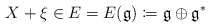
\begin{align*} X+\xi \in E= E(\mathfrak{g})\coloneqq \mathfrak{g} \oplus \mathfrak{g}^*\end{align*}